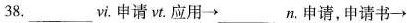
38.___vi. 申请 vt. 应用\rightarrow ___n. 申请，申请书\rightarrow